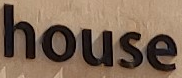
house